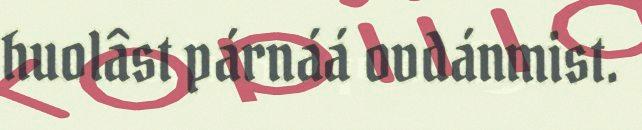
huolâst párnáá ovdánmist.